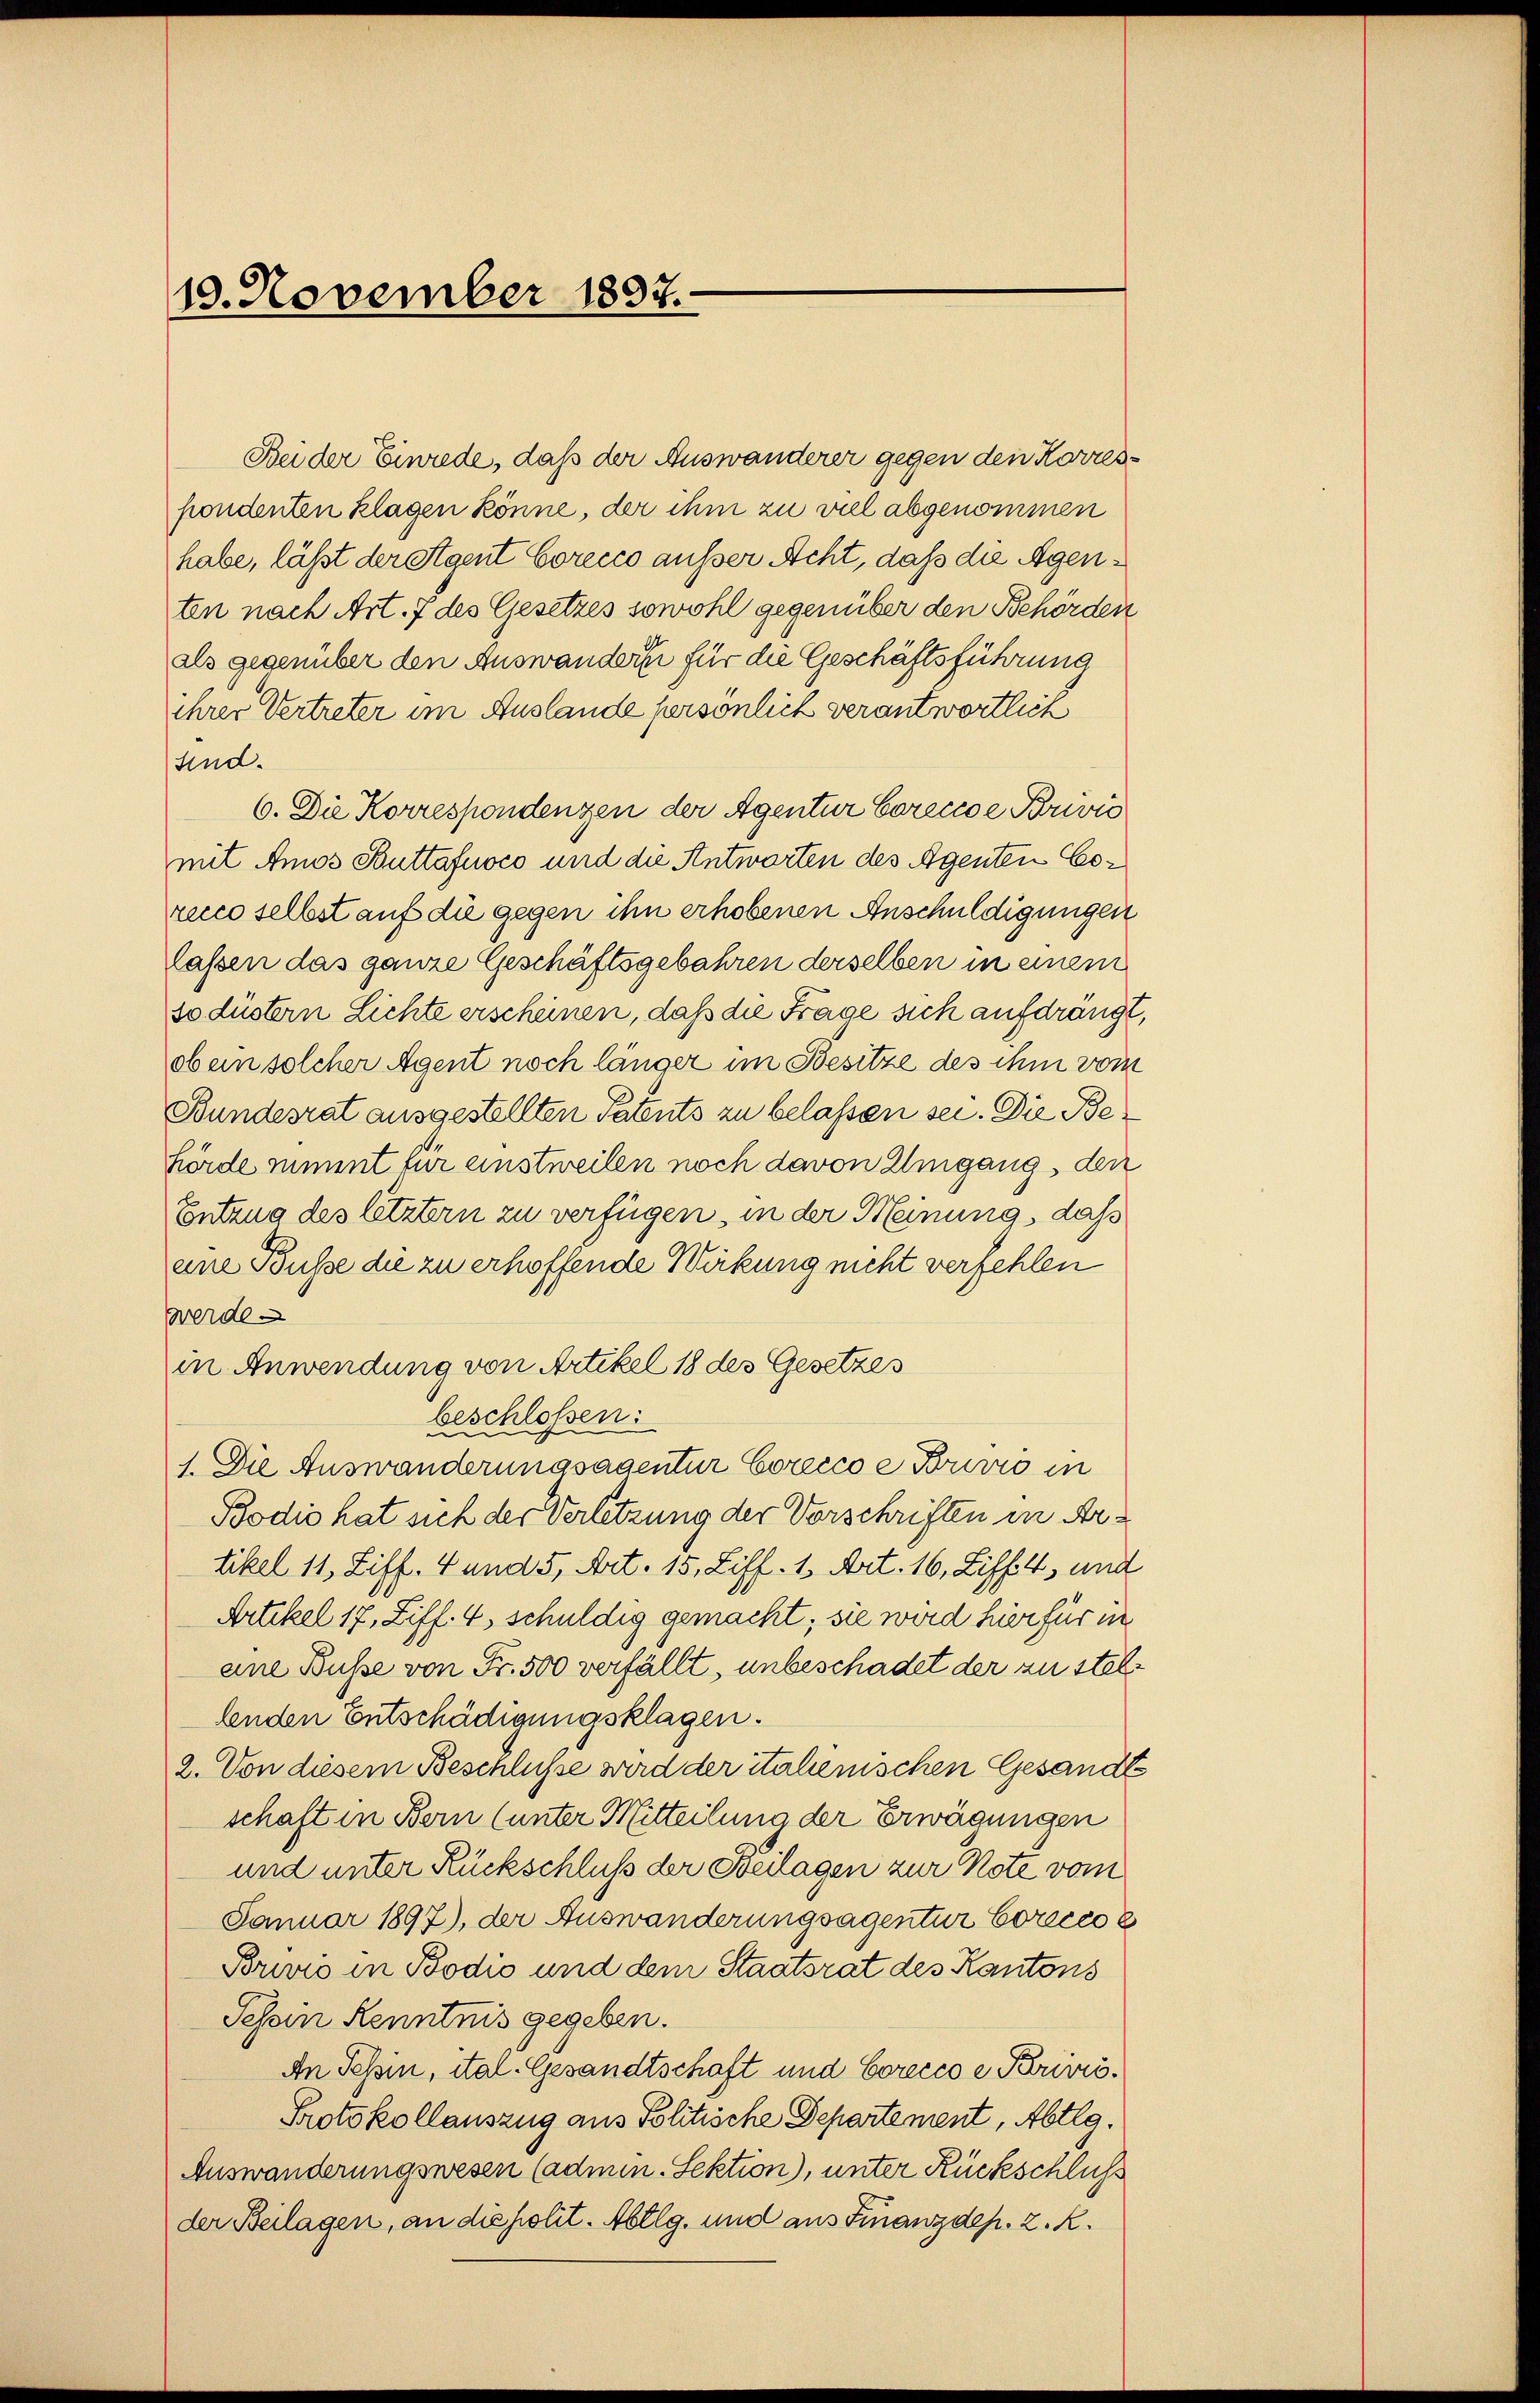
10. November 1897.

Bei der Einrede, daß der Auswanderer gegen den Korrespondenten klagen könne, der ihm zu viel abgenommen
habe, läßt der Stgent Corecco ausser Acht, daß die Agenten nach Art. 7 des Gesetzes sowohl gegenüber den Behörden
als gegenüber den Auswanders für die Geschäftsführung
ihrer Vertreter im Auslande persönlich verantwortlich
sind.
6. Die Korrespondenzen der Agentur Coreccoe Privić
mit Amos Buttafuoco und die Antworten des Agenten Coruce selbst auf die gegen ihn erhobenen Anschuldigungen
lassen das ganze Geschäftsgebahren derselben in einem
so düstern Lichte erscheinen, daß die Frage sich aufdrängt,
oben solcher Agent noch länger im Besitze des ihm vom
Bundesrat ausgestellten Patents zu belassen sei. Die Behörde nimmt für einstweilen noch davon Umgang, den
Entzug des letztern zu verfügen, in der Meinung, daß
eine Buße die zu erhoffende Wirkung nicht verfehlen
werde.
in Anwendung von Artikel 18 des Gesetzes
beschloßen:
1. Die Auswanderungsagentur Corecco e Brisio in
Bodio hat sich der Verletzung der Vorschriften in Artikel 11, Ziff. 4 und 5, Art. 15, Ziff. 1 Art. 16, Ziff. 4, und
Artikel 17, Ziff. 4, schuldig gemacht; sie wird hier für in
eine Busse von Fr. 500 verfällt, unbeschadet der zu stellenden Entschädigungsklagen.
2. Von diesem Beschlüsse wird der italienischen Gesandte
schaft in Bern (unter Mitteilung der Erwägungen
und unter Rückschluß der Feilagen zur Note vom
Januar 1897), der Auswanderungsagentur Corcco
Brivis in Bodić und dem Staatsrat des Kantons
Tessin Kenntnis gegeben.
An Tessin, ital. Gesandtschaft und Corecco e Brunö¬
Protokollauszug aus Politische Departement, Abtlg.
Auswanderungswesen (admin. Sektion), unter Rückschluß
der Beilagen, an die polit. Abtlg. und aus Finanzdep. 2. K.